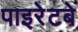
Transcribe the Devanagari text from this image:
पाइरेटबे